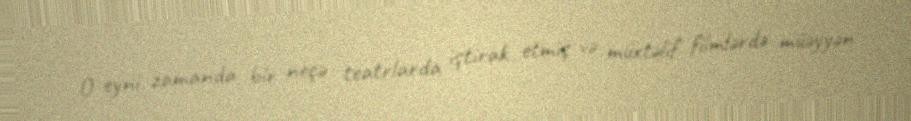
O eyni zamanda bir neçə teatrlarda iştirak etmiş və müxtəlif filmlərdə müəyyən